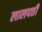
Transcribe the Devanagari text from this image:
लालपत्ती